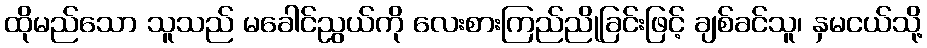
ထိုမည်သော သူသည် မခေါင်ညွယ်ကို လေးစားကြည်ညိုခြင်းဖြင့် ချစ်ခင်သူ၊ နှမငယ်သို့